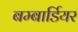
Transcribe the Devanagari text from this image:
बम्बार्डियर